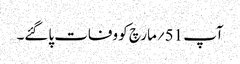
آپ 51؍مارچ کو وفات پاگئے۔